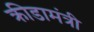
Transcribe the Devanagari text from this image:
क्रीडामंत्री